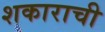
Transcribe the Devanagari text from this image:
शकाराची